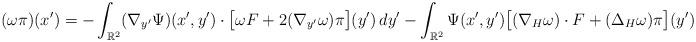
LaTeX: \begin{align*}(\omega \pi)(x') = - \int_{\mathbb R^2} (\nabla_{y'} \Psi)(x', y') \cdot \big[ \omega F + 2(\nabla_{y'}\omega)\pi \big](y') \, dy'- \int_{\mathbb R^2} \Psi(x', y') \big[(\nabla_H\omega)\cdot F + (\Delta_H\omega)\pi \big](y') \, dy'.\end{align*}